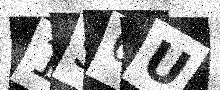
Text: 1S6U